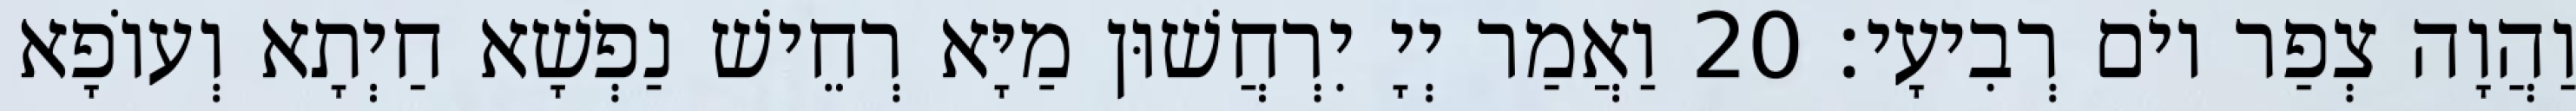
וַהֲוָה צְפַר יוֹם רְבִיעָי׃ 20 וַאֲמַר יְיָ יִרְחֲשׁוּן מַיָּא רְחֵישׁ נַפְשָׁא חַיְתָא וְעוֹפָא